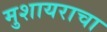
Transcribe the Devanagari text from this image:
मुशायराचा